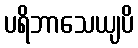
ပရိဘာသေယျပိ